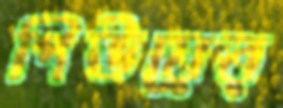
পিউয়ের